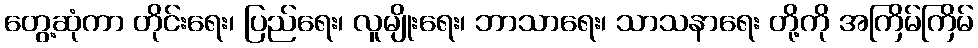
တွေ့ဆုံကာ တိုင်းရေး၊ ပြည်ရေး၊ လူမျိုးရေး၊ ဘာသာရေး၊ သာသနာရေး တို့ကို အကြိမ်ကြိမ်